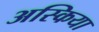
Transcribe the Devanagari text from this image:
अस्किया